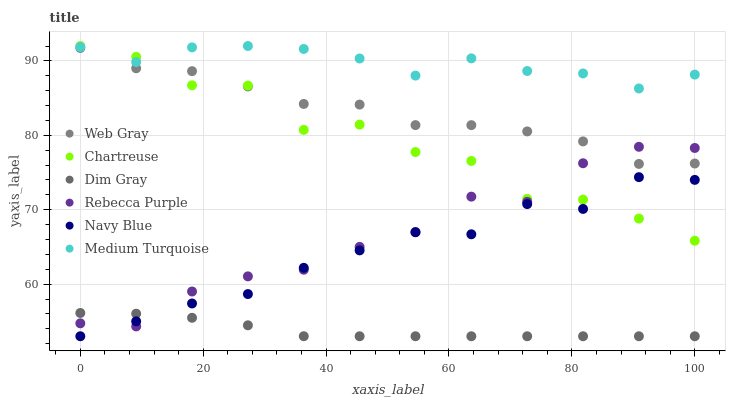
| xaxis_label | Web Gray | Chartreuse | Dim Gray | Rebecca Purple | Navy Blue | Medium Turquoise |
 | --- | --- | --- | --- | --- | --- | --- |
 | 0 | 91.7 | 92 | 56.1 | 54.7 | 53 | 91.9 |
 | 9.09 | 89 | 90.5 | 56 | 54.3 | 55 | 89.8 |
 | 18.2 | 88.6 | 86.7 | 55.5 | 59 | 57.4 | 91.8 |
 | 27.3 | 86.6 | 86.7 | 54.5 | 61 | 58.7 | 92 |
 | 36.4 | 84.2 | 80.7 | 53 | 61.9 | 62.2 | 91.6 |
 | 45.5 | 84.1 | 81.4 | 53 | 65 | 64.5 | 90.3 |
 | 54.5 | 81.4 | 77.8 | 53 | 67 | 67 | 88 |
 | 63.6 | 81.4 | 76.6 | 53 | 71.8 | 66.7 | 90.3 |
 | 72.7 | 80.5 | 71.5 | 53 | 71.1 | 70.8 | 88.6 |
 | 81.8 | 79.2 | 71.4 | 53 | 76.2 | 70.1 | 88.3 |
 | 90.9 | 76.2 | 68.8 | 53 | 78.5 | 74.4 | 86.3 |
 | 100 | 76.2 | 65.8 | 53 | 78.3 | 74 | 88.2 |